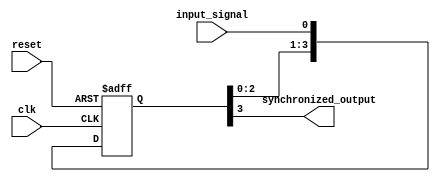
module four_flop_synchronizer(
    input wire clk,
    input wire reset,
    input wire input_signal,
    output reg synchronized_output
);

reg [3:0] flop;

always @(posedge clk or posedge reset) begin
    if (reset) begin
        flop <= 4'b0;
    end else begin
        flop <= {flop[2:0], input_signal};
    end
end

assign synchronized_output = flop[3];

endmodule